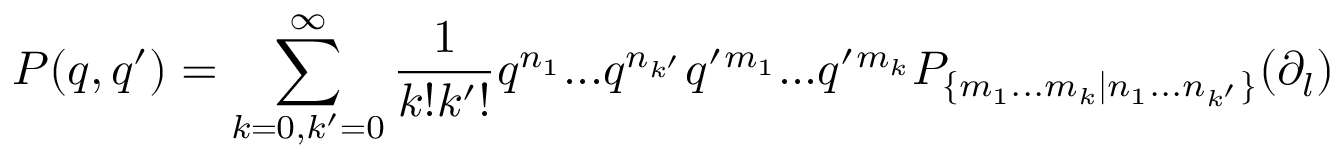
P ( q , q ^ { \prime } ) = \sum _ { k = 0 , k ^ { \prime } = 0 } ^ { \infty } \frac { 1 } { k ! k ^ { \prime } ! } q ^ { n _ { 1 } } . . . q ^ { n _ { k ^ { \prime } } } q ^ { \prime } { } ^ { m _ { 1 } } . . . q ^ { \prime } { } ^ { m _ { k } } P _ { \{ m _ { 1 } . . . m _ { k } | n _ { 1 } . . . n _ { k ^ { \prime } } \} } ( \partial _ { l } )